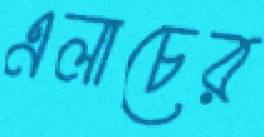
এলাচের